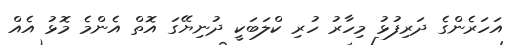
އަހަރެންގެ ދަރިފުޅު މިހާރު ހުރި ކްލަބަކީ ދުނިޔޭގަ އޮތް އެންމެ މޮޅު އެއް